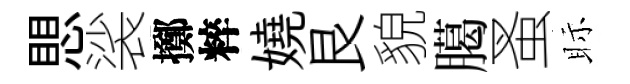
愳裟擲粹嬈艮貌臈蚤眎